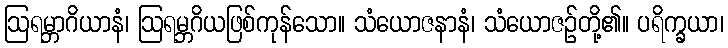
ဩရမ္ဘာဂိယာနံ၊ ဩရမ္ဘဂိယဖြစ်ကုန်သော။ သံယောဇနာနံ၊ သံယောဇဉ်တို့၏။ ပရိက္ခယာ၊